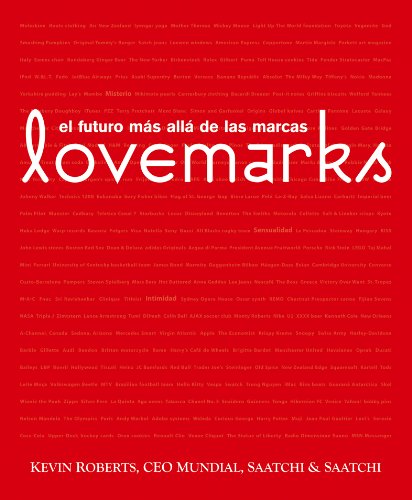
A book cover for Lovemarks. El futuro mas alla de las marcas (Spanish Edition); Kevin Roberts; Business & Money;